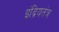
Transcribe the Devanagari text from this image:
इंद्रियतंत्र